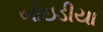
બોઇડીયા